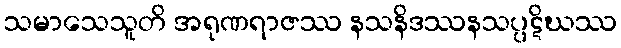
သမာသေသူတိ အရုဏရာဇဿ နသနိဒဿနသပ္ပဋိဃဿ